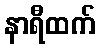
နာရီထက်